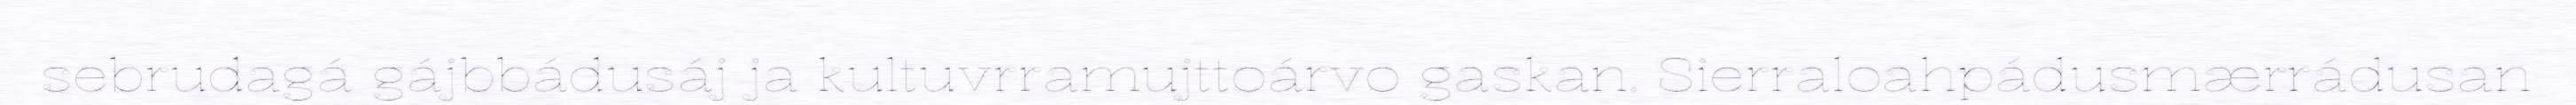
sebrudagá gájbbádusáj ja kultuvrramujttoárvo gaskan. Sierraloahpádusmærrádusan